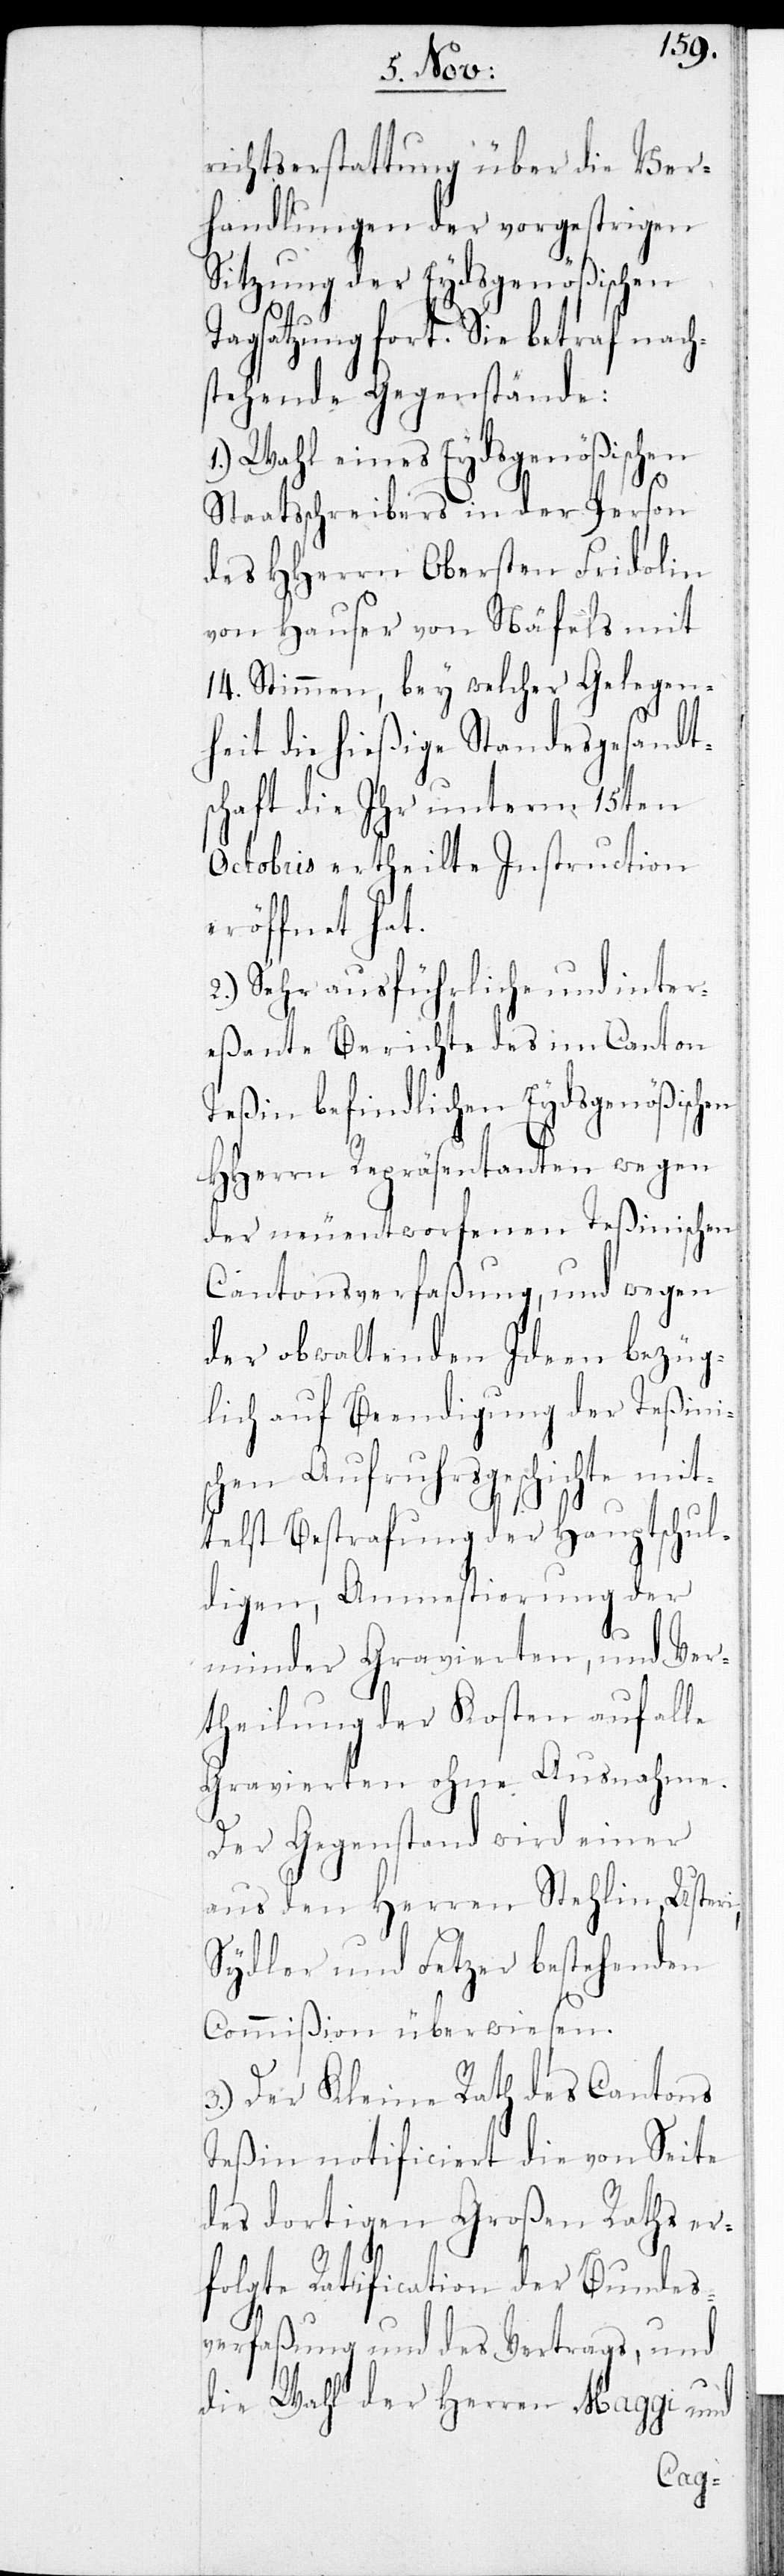
richtserstattung über die Ver¬
handlungen der vorgestrigen
Sitzung der Eydsgenößischen
Tagsatzung fort. Sie betraf nach¬
stehende Gegenstände:
1.) Wahl eines Eydsgenößischen
Staatsschreibers in der Person
des HHerrn Obersten Fridolin
von Hauser von Näfels mit
14. Stimmen, bey welcher Gelegen¬
heit die hießige Standesgesandt¬
schaft die ihr unterm 15ten
Octobris ertheilte Instruction
eröffnet hat.
2.) Sehr ausführliche und inter¬
eßante Berichte des im Canton
Teßin befindlichen Eydsgenößischen
HHerrn Repräsentanten wegen
der neuentworfenen Teßinischen
Cantonsverfaßung, und wegen
der obwaltenden Ideen bezüg¬
lich auf Beendigung der Teßinis¬
chen Aufruhrsgeschichte mit¬
telst Bestrafung der Hauptschul¬
digen, Amnestierung der
minder Gravierten, und Ver¬
theilung der Kosten auf alle
Gravierten ohne Ausnahme.
Der Gegenstand wird einer
aus den Herren Stehlin, Usteri,
Sydler und Fetzer bestehenden
Commißion überwiesen.
3.) Der Kleine Rath des Cantons
Teßin notificiert die von Seite
des dortigen Großen Raths er¬
folgte Ratification der Bundes¬
verfaßung und des Vortrags, und
die Wahl der Herren Maggi und